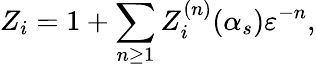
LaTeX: Z_{i}=1+\sum_{n\geq 1}Z_{i}^{(n)}(\alpha_{s})\varepsilon^{-n},